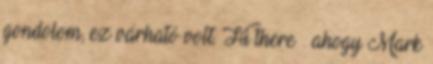
gondolom, ez várható volt. Hi there – ahogy Mark